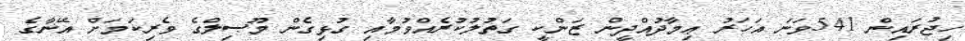
ހިޖުރައިން 541ވަނަ އަހަރު ޢިމާދުއްދީން ޒަންކީ ގަތުލުކުރެއްވުމާއި ގުޅިގެން މޫޞިލްގެ ވެރިކަމަށް އޭނާގެ